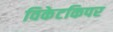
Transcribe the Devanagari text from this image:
विकेटकिपर